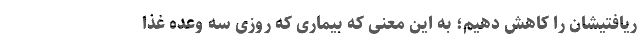
ریافتیشان را کاهش دهیم؛ به این معنی که بیماری که روزی سه وعده غذا